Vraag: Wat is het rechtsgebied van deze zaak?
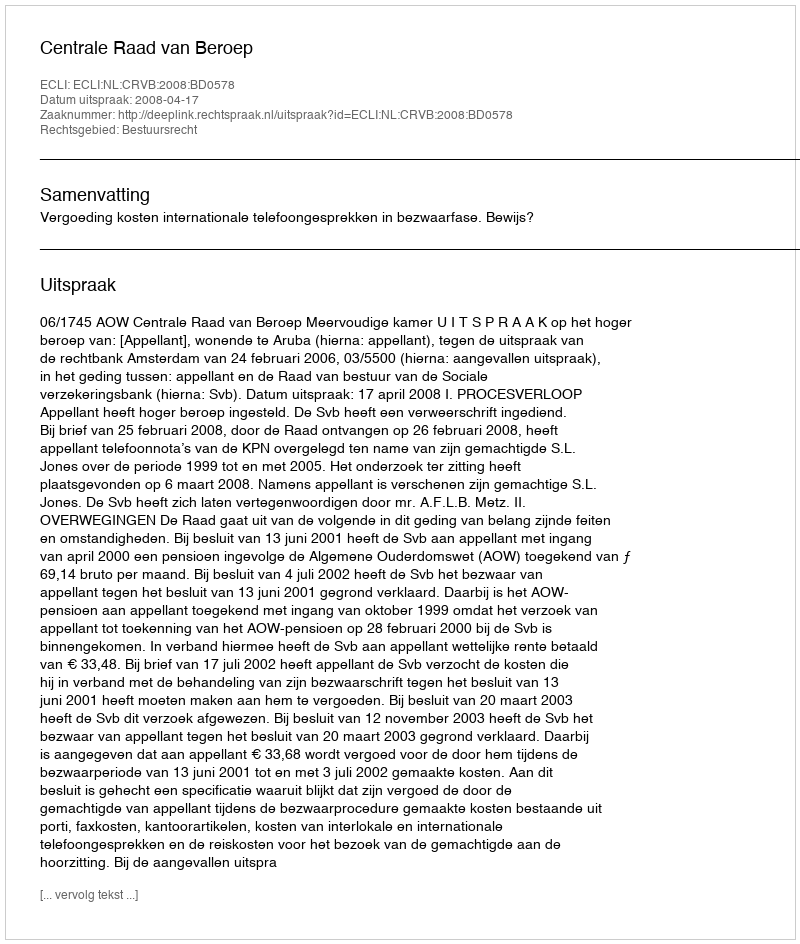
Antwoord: Bestuursrecht